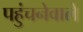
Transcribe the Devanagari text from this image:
पहुंचनेवाले